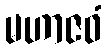
မဟာဇဝံ